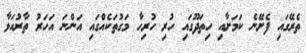
ތެރޭގައި ފެށޭނެ ކަމަށާއި ހިތަދޫގައި ހުރި ހުރިހާ މަގުތަކެއްގައި އަންނަ އަހަރު ތާރުއަޅާ